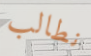
نطالب